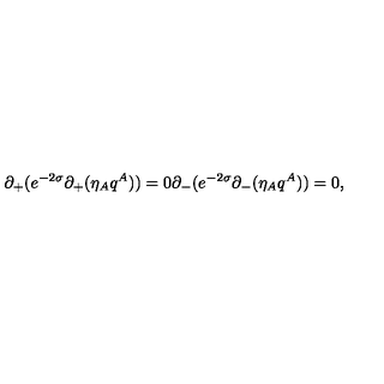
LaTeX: \partial _ { + } ( e ^ { - 2 \sigma } \partial _ { + } ( \eta _ { A } q ^ { A } ) ) = 0 \partial _ { - } ( e ^ { - 2 \sigma } \partial _ { - } ( \eta _ { A } q ^ { A } ) ) = 0 ,